Indian journal of veterinary science and animal husbandry - Volume 13,
Year: 1943
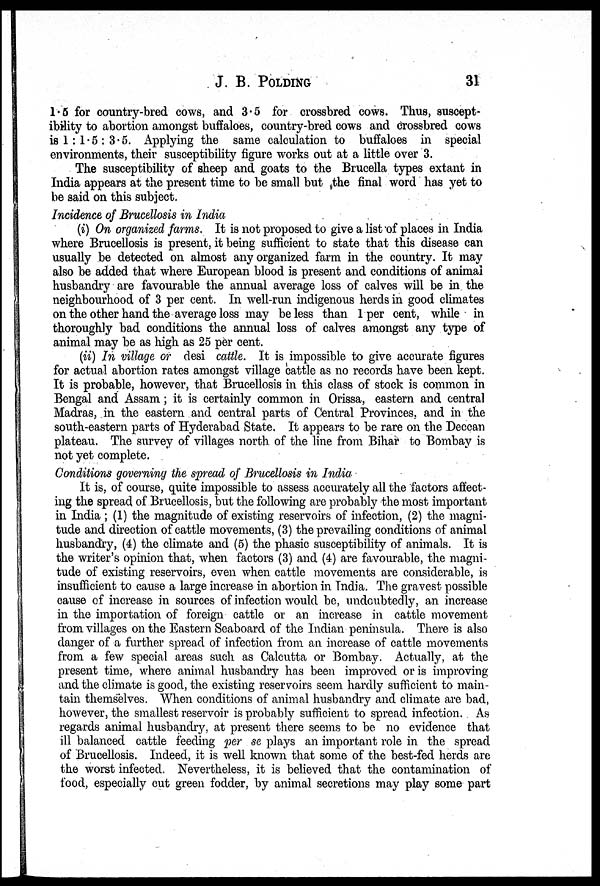
J. B. POLDING 31
1.5 for country-bred cows, and 3.5 for crossbred cows. Thus, suscept-
ibility to abortion amongst buffaloes, country-bred cows and crossbred cows
is 1: 1 . 5 : 3.5. Applying the same calculation to buffaloes in special
environments, their susceptibility figure works out at a little over 3.
The susceptibility of sheep and goats to the Brucella types extant in
India appears at the present time to be small but the final word has yet to
be said on this subject.
Incidence of Brucellosis in India
(i) On organized farms. It is not proposed to give a list of places in India
where Brucellosis is present, it being sufficient to state that this disease can
usually be detected on almost any organized farm in the country. It may
also be added that where European blood is present and conditions of animal
husbandry are favourable the annual average loss of calves will be in the
neighbourhood of 3 per cent. In well-run indigenous herds in good climates
on the other hand the average loss may be less than 1 per cent, while in
thoroughly bad conditions the annual loss of calves amongst any type of
animal may be as high as 25 per cent.
(ii) In village or desi cattle. It is impossible to give accurate figures
for actual abortion rates amongst village cattle as no records have been kept.
It is probable, however, that Brucellosis in this class of stock is common in
Bengal and Assam; it is certainly common in Orissa, eastern and central
Madras, in the eastern and central parts of Central Provinces, and in the
south-eastern parts of Hyderabad State. It appears to be rare on the Deccan
plateau. The survey of villages north of the line from Bihar to Bombay is
not yet complete.
Conditions governing the spread of Brucellosis in India
It is, of course, quite impossible to assess accurately all the factors affect-
ing the spread of Brucellosis, but the following are probably the most important
in India ; (1) the magnitude of existing reservoirs of infection, (2) the magni-
tude and direction of cattle movements, (3) the prevailing conditions of animal
husbandry, (4) the climate and (5) the phasic susceptibility of animals. It is
the writer's opinion that, when factors (3) and (4) are favourable, the magni-
tude of existing reservoirs, even when cattle movements are considerable, is
insufficient to cause a large increase in abortion in India. The gravest possible
cause of increase in sources of infection would be, undoubtedly, an increase
in the importation of foreign cattle or an increase in cattle movement
from villages on the Eastern Seaboard of the Indian peninsula. There is also
danger of a further spread of infection from an increase of cattle movements
from a few special areas such as Calcutta or Bombay. Actually, at the
present time, where animal husbandry has been improved or is improving
and the climate is good, the existing reservoirs seem hardly sufficient to main-
tain themselves. When conditions of animal husbandry and climate are bad,
however, the smallest reservoir is probably sufficient to spread infection. As
regards animal husbandry, at present there seems to be no evidence that
ill balanced cattle feeding per se plays an important role in the spread
of Brucellosis. Indeed, it is well known that some of the best-fed herds are
the worst infected. Nevertheless, it is believed that the contamination of
food, especially cut green fodder, by animal secretions may play some part